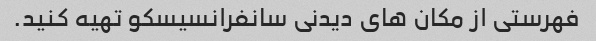
فهرستی از مکان های دیدنی سانفرانسیسکو تهیه کنید.